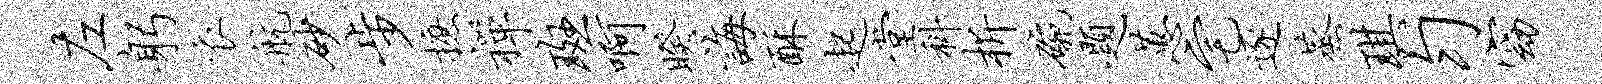
左躬衣航砂步摭禅斑啊睽诲酥起堂科析碗题蕙宅逐蒸琪匀窈